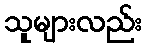
သူများလည်း